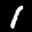
Label: 1